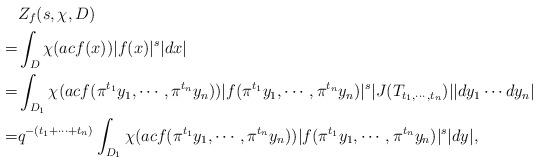
LaTeX: \begin{align*}&Z_f(s, \chi, D)\\=&\int_{D}\chi(acf(x))|f(x)|^s|dx|\\=&\int_{D_1}\chi(acf(\pi^{t_1}y_1, \cdots, \pi^{t_n}y_n))|f(\pi^{t_1}y_1, \cdots, \pi^{t_n}y_n)|^s|J(T_{t_1, \cdots, t_n})||dy_1\cdots dy_n|\\=&q^{-(t_1+\cdots+t_n)}\int_{D_1}\chi(acf(\pi^{t_1}y_1, \cdots, \pi^{t_n}y_n))|f(\pi^{t_1}y_1, \cdots, \pi^{t_n}y_n)|^s|dy|,\end{align*}